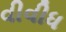
વીવીધ